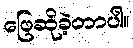
ဖြေဆိုခဲ့တာပါ။